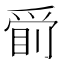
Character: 𱭂